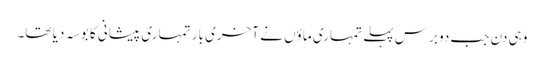
وہی دن جب دو برس پہلے تمہاری ماؤں نے آخری بار تمہاری پیشانی کا بوسہ دیا تھا۔